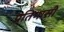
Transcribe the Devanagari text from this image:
प्रतिभासी